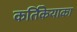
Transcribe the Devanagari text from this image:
कर्तिकेयाका